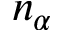
n _ { \alpha }